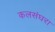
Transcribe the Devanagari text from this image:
कलसंघरा